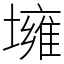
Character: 㙲